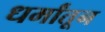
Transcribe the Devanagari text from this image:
धर्मांतून